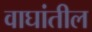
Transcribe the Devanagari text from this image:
वाघांतील